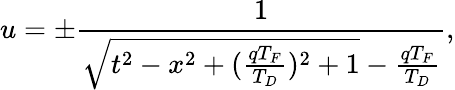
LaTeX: u=\pm\frac{1}{\sqrt{t^{2}-x^{2}+(\frac{qT_{F}}{T_{D}})^{2}+1}-\frac{qT_{F}}{T_{D}}},